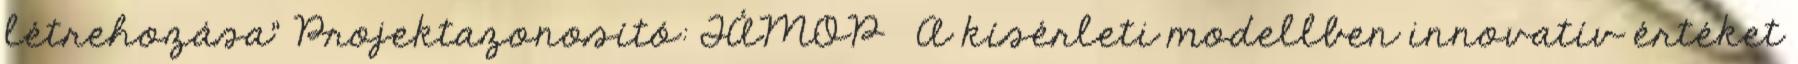
létrehozása” Projektazonosító: TÁMOP A kísérleti modellben innovatív értéket